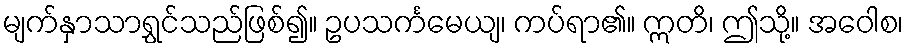
မျက်နှာသာရွှင်သည်ဖြစ်၍။ ဥပသင်္ကမေယျ၊ ကပ်ရာ၏။ ဣတိ၊ ဤသို့။ အဝေါစ၊